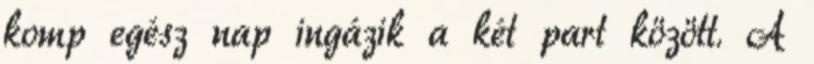
komp egész nap ingázik a két part között. A